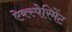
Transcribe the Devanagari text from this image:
ऐक्स्पेरिमेंट